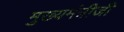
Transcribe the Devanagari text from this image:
मुख्यमंत्रीजी